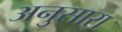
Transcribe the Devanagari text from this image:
अनुसारा